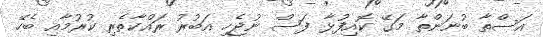
އަސްތާ ބުނަންތާ މަގޭ ކޮއިފުޅާ ފަސް ނުޖެހި އަބުރު ރައްކާތެރި ކުރުމާއި ބެހޭ